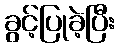
ခွင့်ပြုခဲ့ပြီး